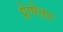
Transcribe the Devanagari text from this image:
प्रेणेता